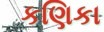
કણિકા